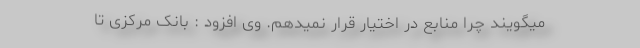
میگویند چرا منابع در اختیار قرار نمیدهم. وی افزود : بانک مرکزی تا